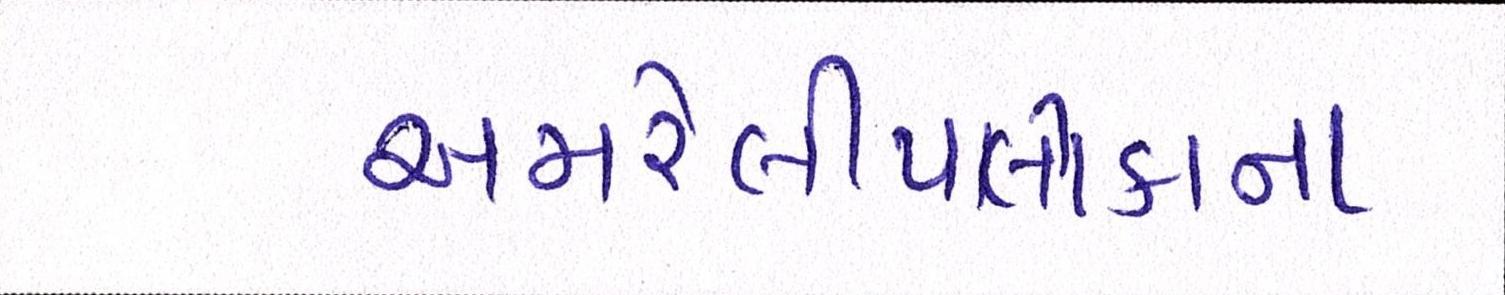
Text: અમરેલીપાલીકાના